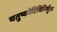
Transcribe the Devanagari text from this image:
चतुष्कोटिविनिर्मुक्त